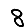
Digit: 8